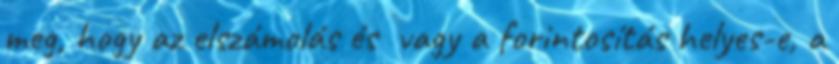
meg, hogy az elszámolás és vagy a forintosítás helyes-e, a